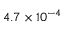
4 . 7 \times 1 0 ^ { - 4 }